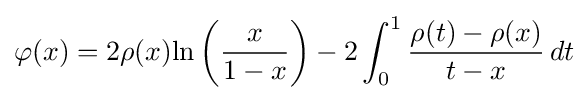
\varphi (x)=2\rho (x){\text{ln}}\left({\frac {x}{1-x}}\right)-2\int _{0}^{1}{\frac {\rho (t)-\rho (x)}{t-x}}\,dt